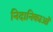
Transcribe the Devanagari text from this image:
निदानिकाओं